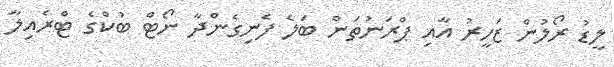
ލީޑު ރޯލުން ޒަހީރު އާއި ޕްރަނުތަން ބަލެ ފެނިގެންދާ ނޯޓް ބުކްގެ ޓްރެއިލާ